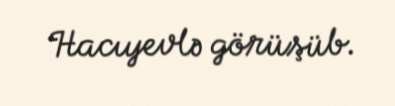
Hacıyevlə görüşüb.